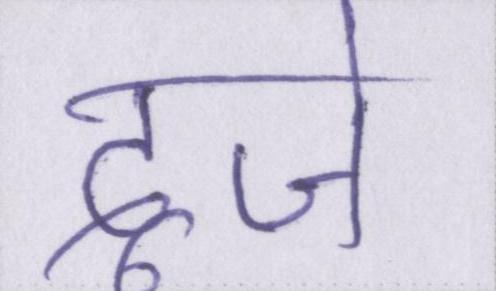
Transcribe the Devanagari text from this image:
दूजे